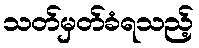
သတ်မှတ်ခံရသည့်